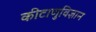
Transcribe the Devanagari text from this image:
कीटाणुविज्ञान